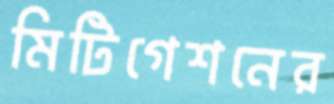
মিটিগেশনের